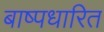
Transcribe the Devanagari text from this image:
बाष्पधारित